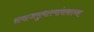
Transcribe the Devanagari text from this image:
समाजसुधारणांबाबतच्या